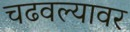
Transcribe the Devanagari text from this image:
चढवल्यावर